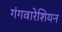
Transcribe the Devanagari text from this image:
गंगवारेशियन